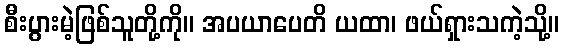
စီးပွားမဲ့ဖြစ်သူတို့ကို။ အပယာပေတိ ယထာ၊ ဖယ်ရှားသကဲ့သို့။